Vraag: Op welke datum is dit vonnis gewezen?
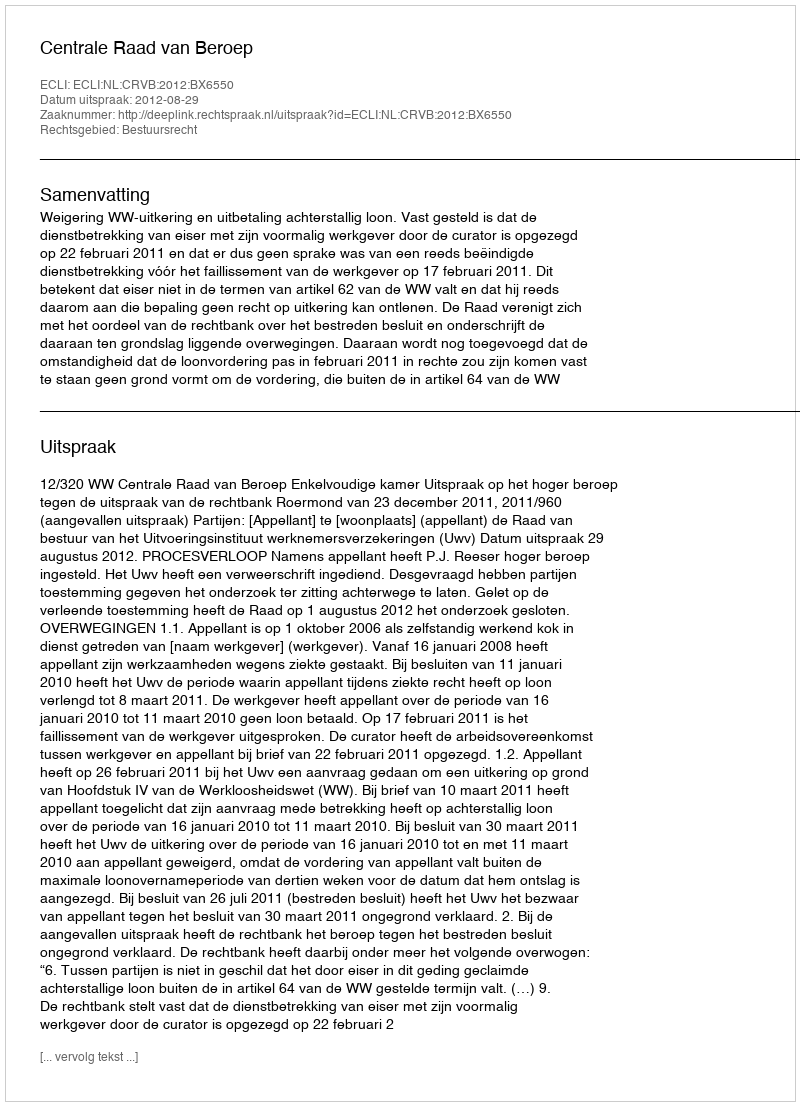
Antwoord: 2012-08-29